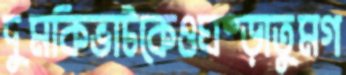
দুমকিভাটকেওঘষ্‌ড়াতুমগ